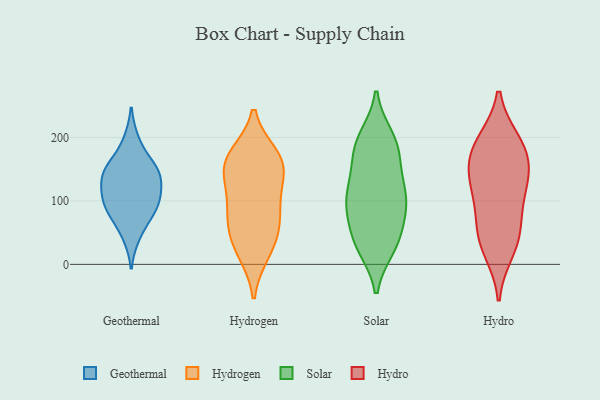
{"axis": {"x": "Backlog", "y": "Value"}, "legend": ["Geothermal", "Hydro", "Hydrogen", "Solar"], "data": [{"x": "", "y": 195, "type": "Geothermal"}, {"x": "", "y": 45, "type": "Geothermal"}, {"x": "", "y": 101, "type": "Geothermal"}, {"x": "", "y": 84, "type": "Geothermal"}, {"x": "", "y": 141, "type": "Geothermal"}, {"x": "", "y": 147, "type": "Geothermal"}, {"x": "", "y": 145, "type": "Geothermal"}, {"x": "", "y": 158, "type": "Geothermal"}, {"x": "", "y": 130, "type": "Geothermal"}, {"x": "", "y": 106, "type": "Geothermal"}, {"x": "", "y": 100, "type": "Geothermal"}, {"x": "", "y": 75, "type": "Geothermal"}, {"x": "", "y": 168, "type": "Hydrogen"}, {"x": "", "y": 19, "type": "Hydrogen"}, {"x": "", "y": 81, "type": "Hydrogen"}, {"x": "", "y": 153, "type": "Hydrogen"}, {"x": "", "y": 158, "type": "Hydrogen"}, {"x": "", "y": 171, "type": "Hydrogen"}, {"x": "", "y": 60, "type": "Hydrogen"}, {"x": "", "y": 25, "type": "Hydrogen"}, {"x": "", "y": 151, "type": "Hydrogen"}, {"x": "", "y": 96, "type": "Hydrogen"}, {"x": "", "y": 115, "type": "Hydrogen"}, {"x": "", "y": 56, "type": "Hydrogen"}, {"x": "", "y": 29, "type": "Solar"}, {"x": "", "y": 189, "type": "Solar"}, {"x": "", "y": 78, "type": "Solar"}, {"x": "", "y": 105, "type": "Solar"}, {"x": "", "y": 34, "type": "Solar"}, {"x": "", "y": 27, "type": "Solar"}, {"x": "", "y": 141, "type": "Solar"}, {"x": "", "y": 174, "type": "Solar"}, {"x": "", "y": 170, "type": "Solar"}, {"x": "", "y": 200, "type": "Solar"}, {"x": "", "y": 119, "type": "Solar"}, {"x": "", "y": 106, "type": "Solar"}, {"x": "", "y": 40, "type": "Solar"}, {"x": "", "y": 105, "type": "Solar"}, {"x": "", "y": 98, "type": "Solar"}, {"x": "", "y": 68, "type": "Solar"}, {"x": "", "y": 196, "type": "Solar"}, {"x": "", "y": 114, "type": "Hydro"}, {"x": "", "y": 187, "type": "Hydro"}, {"x": "", "y": 156, "type": "Hydro"}, {"x": "", "y": 69, "type": "Hydro"}, {"x": "", "y": 143, "type": "Hydro"}, {"x": "", "y": 144, "type": "Hydro"}, {"x": "", "y": 37, "type": "Hydro"}, {"x": "", "y": 49, "type": "Hydro"}, {"x": "", "y": 108, "type": "Hydro"}, {"x": "", "y": 193, "type": "Hydro"}, {"x": "", "y": 188, "type": "Hydro"}, {"x": "", "y": 22, "type": "Hydro"}]}